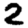
Digit: 2